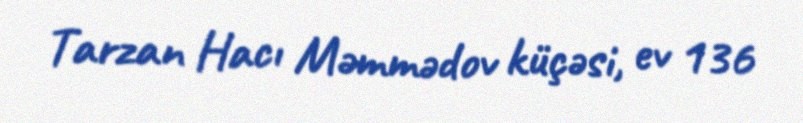
Tarzan Hacı Məmmədov küçəsi, ev 136